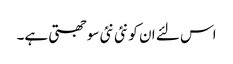
اس لئے ان کو نئی نئی سوجھتی ہے۔